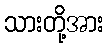
သားတို့အား